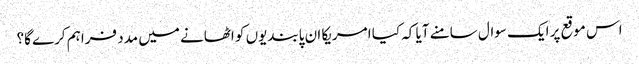
اس موقع پر ایک سوال سامنے آیا کہ کیا امریکا ان پابندیوں کو اٹھانے میں مدد فراہم کرے گا؟